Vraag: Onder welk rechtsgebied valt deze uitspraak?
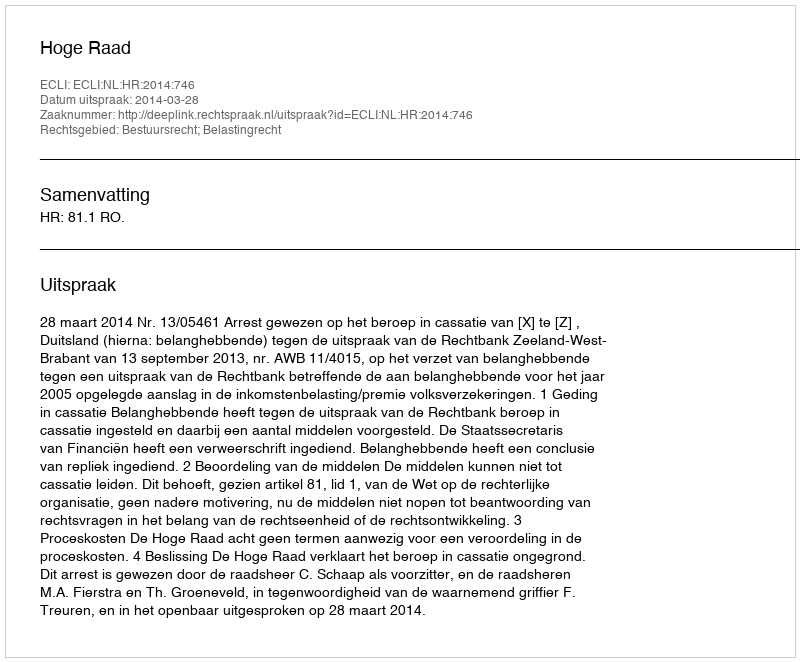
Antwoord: Bestuursrecht; Belastingrecht